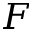
F